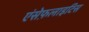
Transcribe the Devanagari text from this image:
एंसेफ़लाइटिस